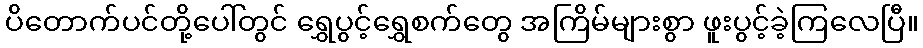
ပိတောက်ပင်တို့ပေါ်တွင် ရွှေပွင့်ရွှေစက်တွေ အကြိမ်များစွာ ဖူးပွင့်ခဲ့ကြလေပြီ။